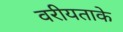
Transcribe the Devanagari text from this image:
वरीयताके